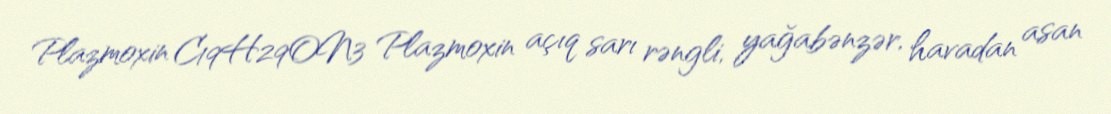
Plazmoxin C19H29ON3 Plazmoxin açıq sarı rəngli, yağabənzər, havadan asan